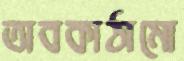
অবকাঠামো